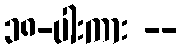
၁၈-ပါးကား --